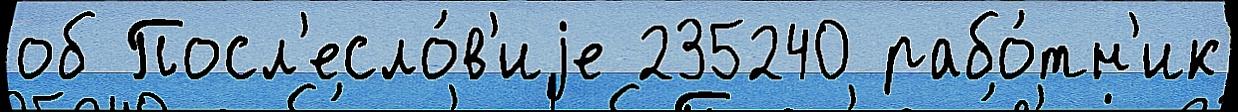
об Посл'есло́в'иjе 235240 рабо́тн'ик